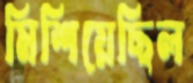
মিশিয়েছিল